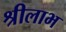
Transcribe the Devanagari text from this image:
श्रीलाभ